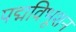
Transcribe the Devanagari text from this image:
पद्मविभूशन